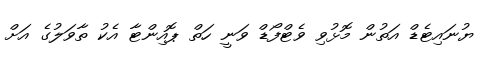
ޔުނައިޓެޑް އަތުން މޮޅުވި ވެޓްފޯޑް ވަނީ ހަތް ޕޮއިންޓާ އެކު ތާވަލުގެ އަށް